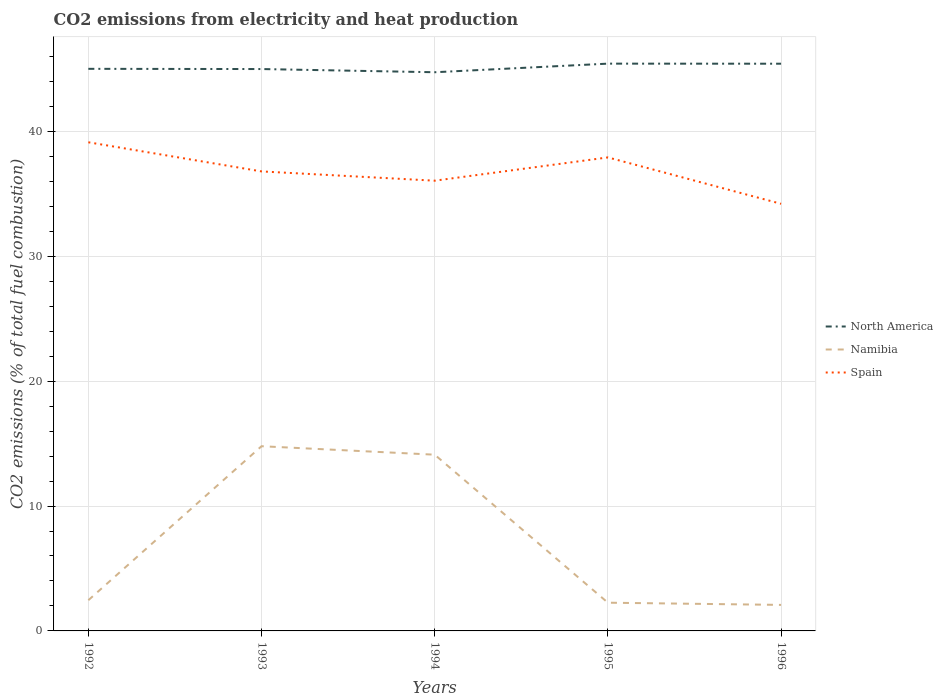
| Years | North America | Namibia | Spain |
 | --- | --- | --- | --- |
 | 1992 | 45 | 2.46 | 39.1 |
 | 1993 | 45 | 14.8 | 36.8 |
 | 1994 | 44.7 | 14.1 | 36 |
 | 1995 | 45.4 | 2.26 | 37.9 |
 | 1996 | 45.4 | 2.08 | 34.2 |